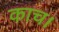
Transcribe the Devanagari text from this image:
काच।